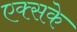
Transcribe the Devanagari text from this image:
एक्सके